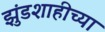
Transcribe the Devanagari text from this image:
झुंडशाहीच्या